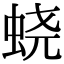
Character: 蛲